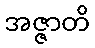
အဇ္ဇာတိ